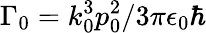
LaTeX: \Gamma_{0}=k_{0}^{3}p_{0}^{2}/3\pi\epsilon_{0}\hbar